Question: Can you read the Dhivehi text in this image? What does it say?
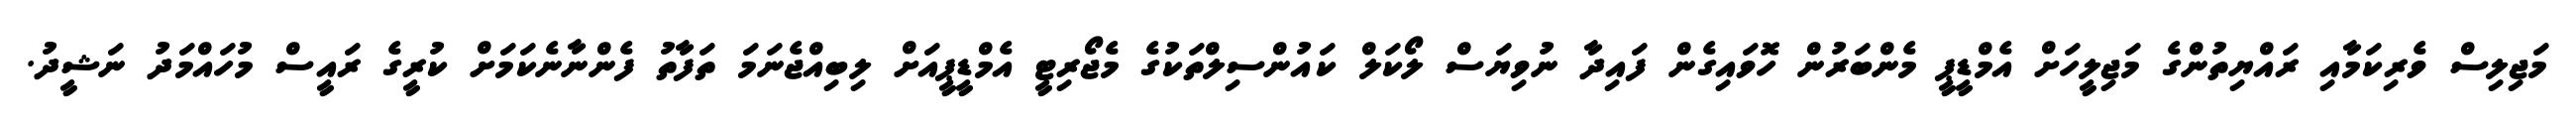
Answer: މަޖިލިސް ވެރިކަމާއި ރައްޔިތުންގެ މަޖިލީހަށް އެމްޑީޕީ މެންބަރުން ހޮވައިގެން ފައިދާ ނުވިޔަސް ލޯކަލް ކައުންސިލްތަކުގެ މެޖޯރިޓީ އެމްޑީޕީއަށް ލިބިއްޖެނަމަ ތަފާތު ފެންނާނެކަމަށް ކުރީގެ ރައީސް މުހައްމަދު ނަޝީދު.